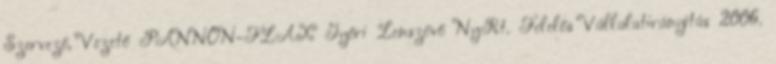
Szervező, Vezető PANNON-FLAX Győri Lenszövő NyRt. Felelős Vállalatirányítás 2006.